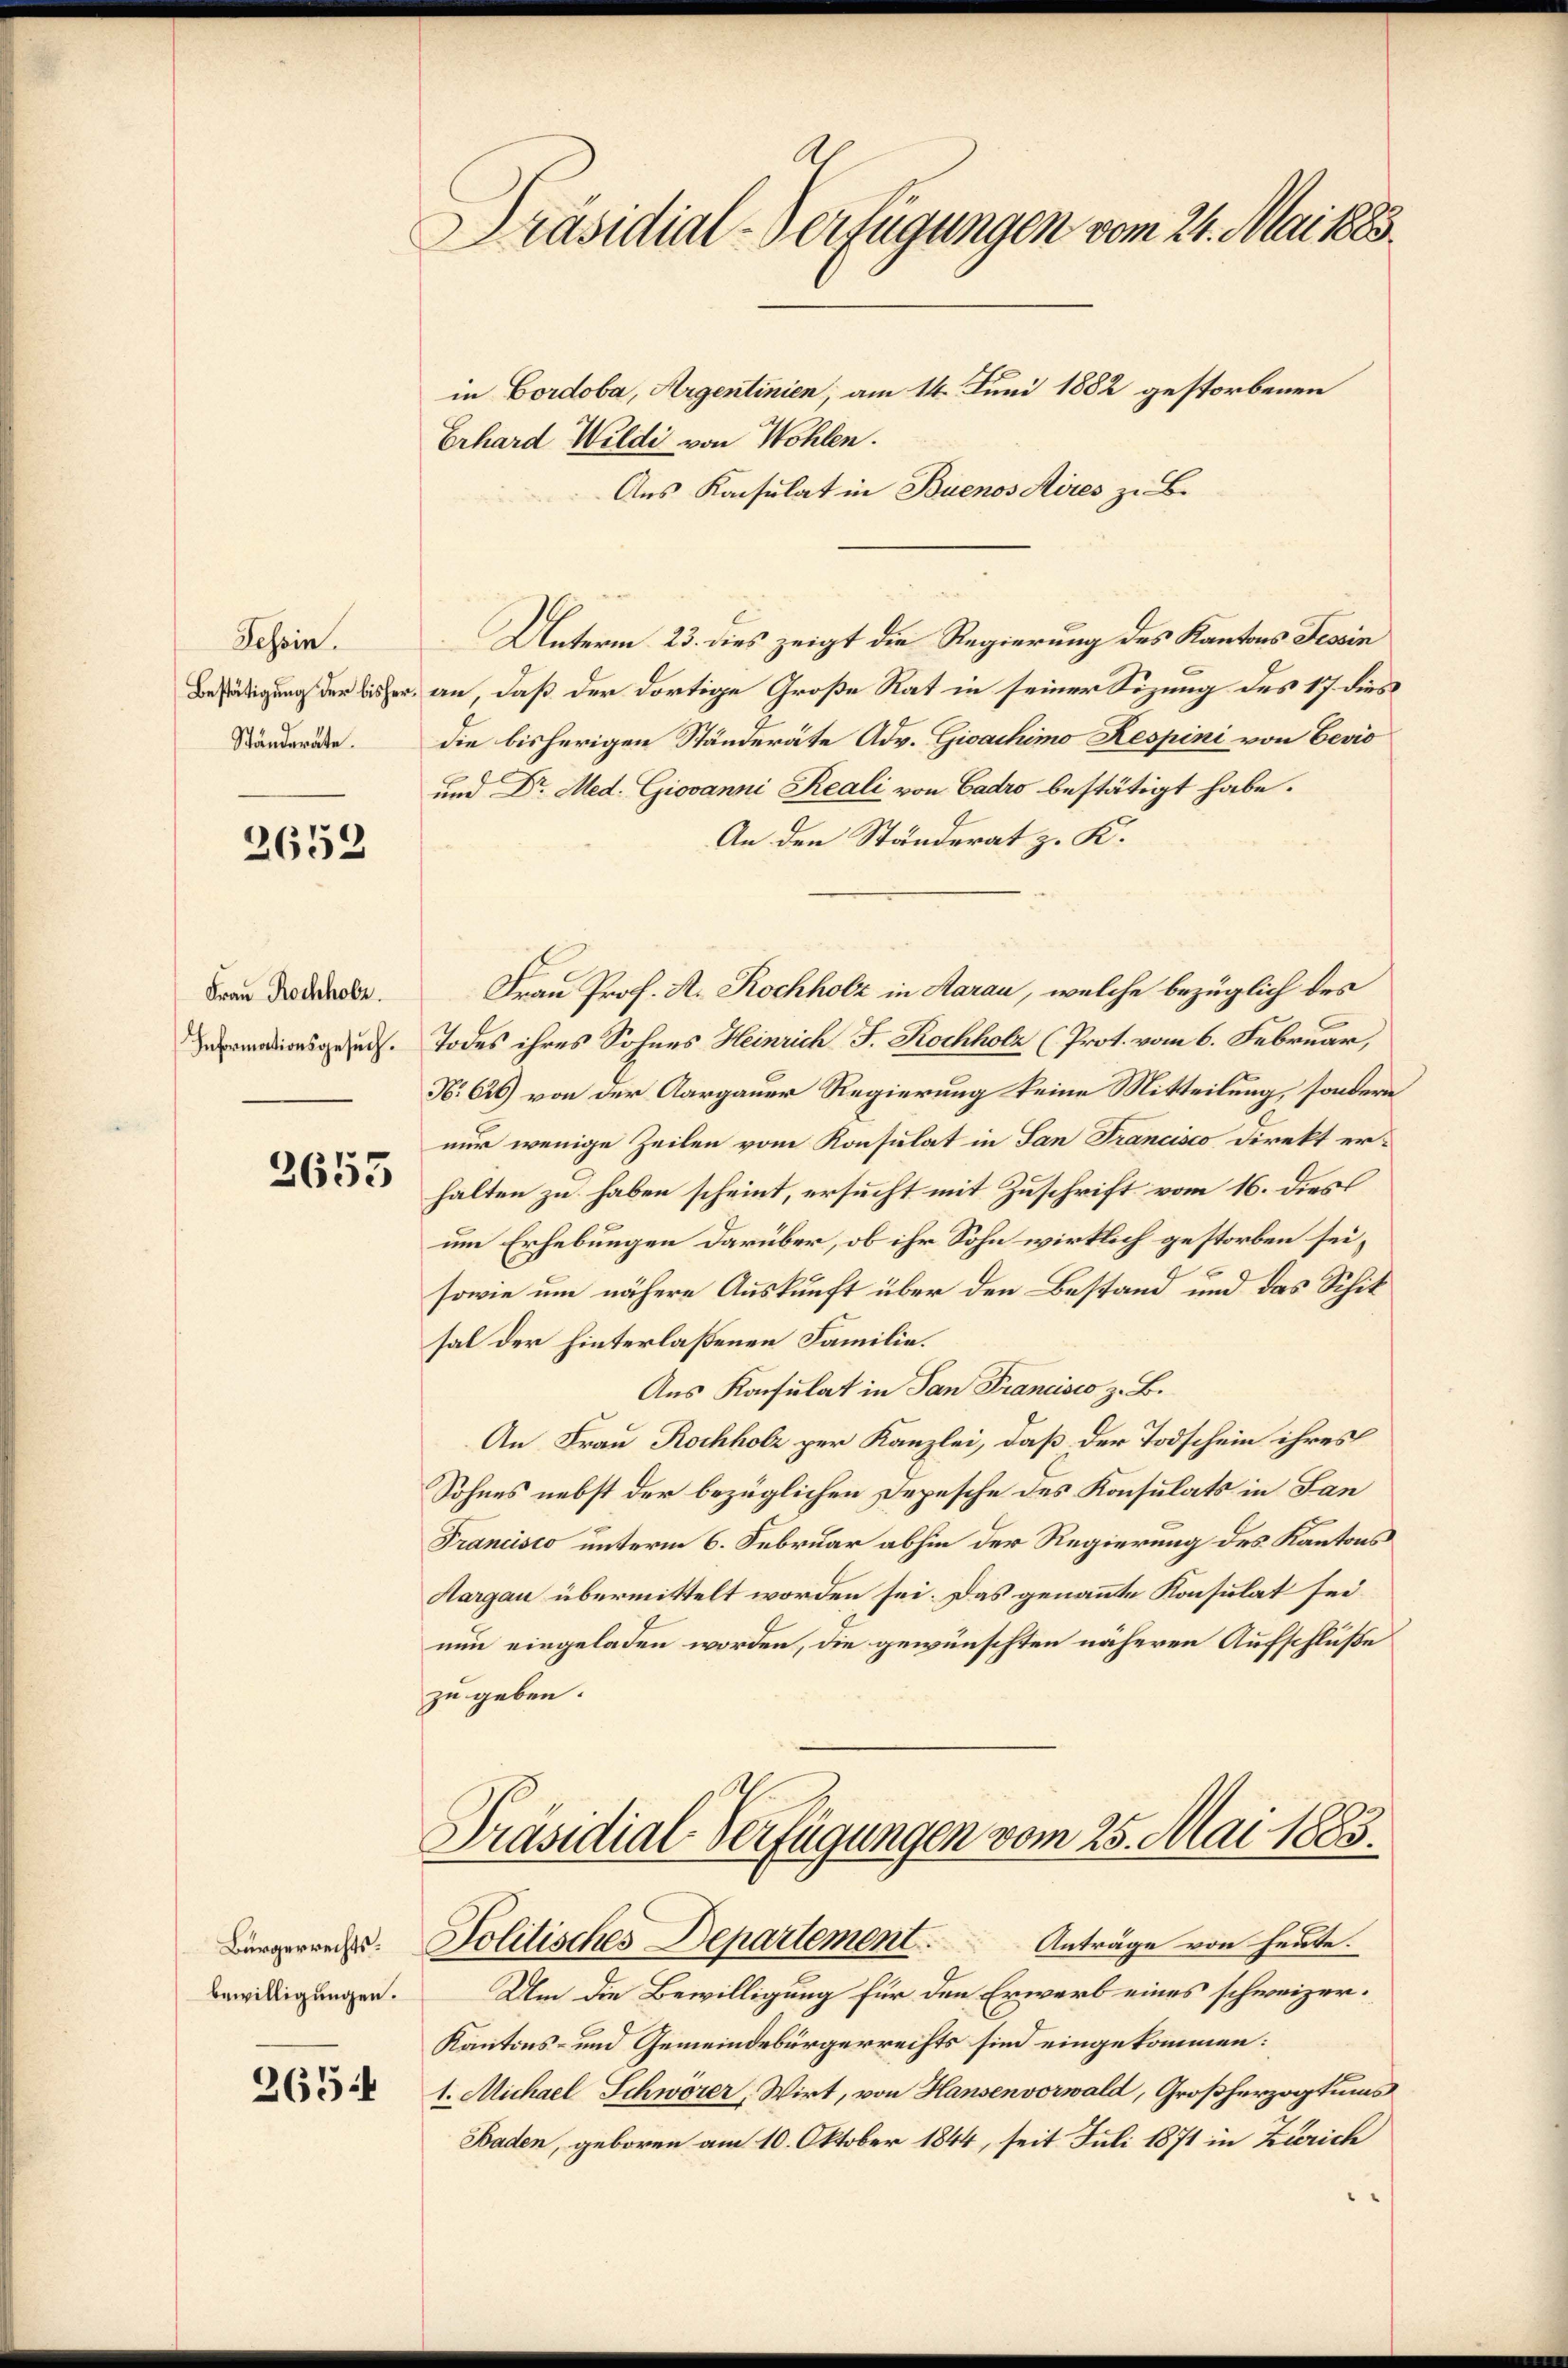
Tessin.
Ständeräte.

2652

Frau Rochholz.
Informationsgesuch.

3653

Bürgerrechtsbewilligungen.

265.

Präsidial-Verfügungen vom 24. Mai 1883.
in Cordoba, Argentinien, am 14. Juni 1882 gestorbenen
Erhard Wildi von Wohlen.

Aus Konsulat in Buenos Aires z. B.
Unterm 23. dies zeigt die Regierung des Kantons Tessin
Beschädigung der bisher an, daß der dortige Große Rat in seiner Sizung des 17 dies
die bisherigen Ständeräte Adv. Gioachimo Respini von Eevio
6
um Dr. Med. Giovanni Reali von Cadro bestätigt habe.
An den Ständerat z. K.
Frau Prof. A. Kochholz in Aarau, welche bezüglich des
Todes ihres Sohnes Heinrich F. Kochholz (Prot. vom 6. Februar,
N. 646) von der Aargauer Regierung keine Mitteilung, sondern
nur wenige Zeilen vom Konsulat in San Francisco direkt er-
halten zu haben scheint, ersucht mit Zuschrift vom 16. dies
um Erhebungen darüber, ob ihr Sohn wirklich gestorben sei,
6
sowie um nähere Auskunft über den Bestand und das Schit
sal der hinterlaßenen Familie.
Aus Konsulat in San Francisco z. B.
An Frau Rochholz per Kanzlei, daß der Todschein ihres
Sohnes nebst der bezüglichen Depesche des Konsulats in San
Francisco unterm 6. Februar abhin der Regierung des Kantons
Hargau übermittelt worden sei. Das genannte Konsulat sei
nun eingeladen worden, die gewünschten näheren Aufschluße
zu geben.

Präsidial-Verfügungen vom 25. Mai 1883.
Politisches Departement. Anträge von heute.

Um die Bewilligung für den Erwarb eines schweizer¬
Kantons- und Gemeindebürgerreifts sind eingekommen:
1. Michael Schwörer, Wirt, von Hansenvorwald, Großherzogtums
Baden, geboren am 10. Oktober 1844, seit Juli 1871 in Zürich